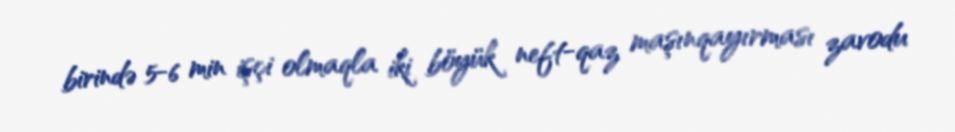
birində 5-6 min işçi olmaqla iki böyük neft-qaz maşınqayırması zavodu